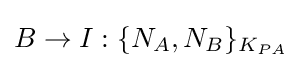
B\rightarrow I:\{N_{A},N_{B}\}_{K_{PA}}